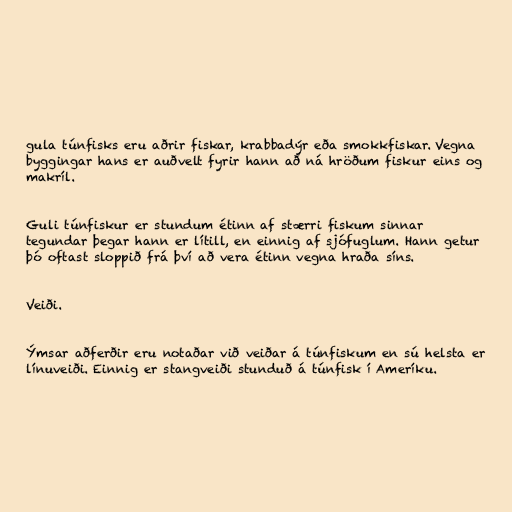
gula túnfisks eru aðrir fiskar, krabbadýr eða smokkfiskar. Vegna
byggingar hans er auðvelt fyrir hann að ná hröðum fiskur eins og
makríl.

Guli túnfiskur er stundum étinn af stærri fiskum sinnar
tegundar þegar hann er lítill, en einnig af sjófuglum. Hann getur
þó oftast sloppið frá því að vera étinn vegna hraða síns.

Veiði.

Ýmsar aðferðir eru notaðar við veiðar á túnfiskum en sú helsta er
línuveiði. Einnig er stangveiði stunduð á túnfisk í Ameríku.